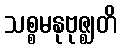
သစ္စမနုဗုဇ္ဈတိ